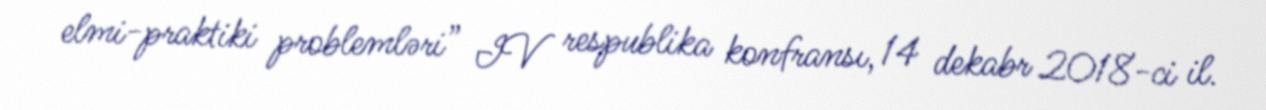
elmi-praktiki problemləri” IV respublika konfransı, 14 dekabr 2018-ci il.